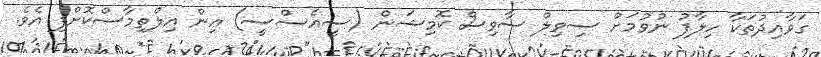
ގަވާއިދުތަކާ ހިލާފު ނުވުމަށް ސިވިލް ސާވިސް ކޮމިޝަން (ސީއެސްސީ) އިން އިލްތިމާސްކޮށްފި އެވެ.